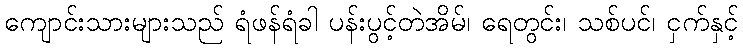
ကျောင်းသားများသည် ရံဖန်ရံခါ ပန်းပွင့်တဲအိမ်၊ ရေတွင်း၊ သစ်ပင်၊ ငှက်နှင့်